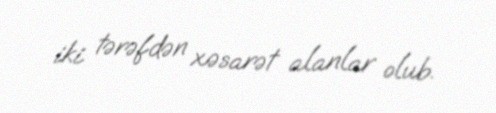
iki tərəfdən xəsarət alanlar olub.